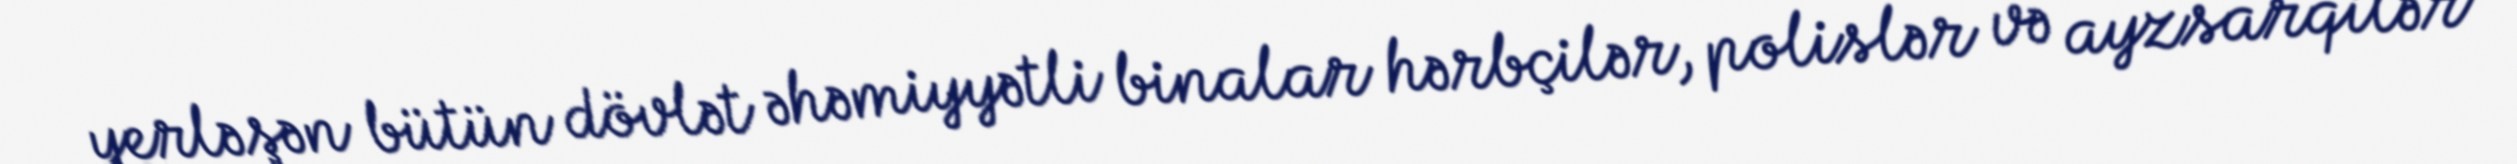
yerləşən bütün dövlət əhəmiyyətli binalar hərbçilər, polislər və ayzsarqilər